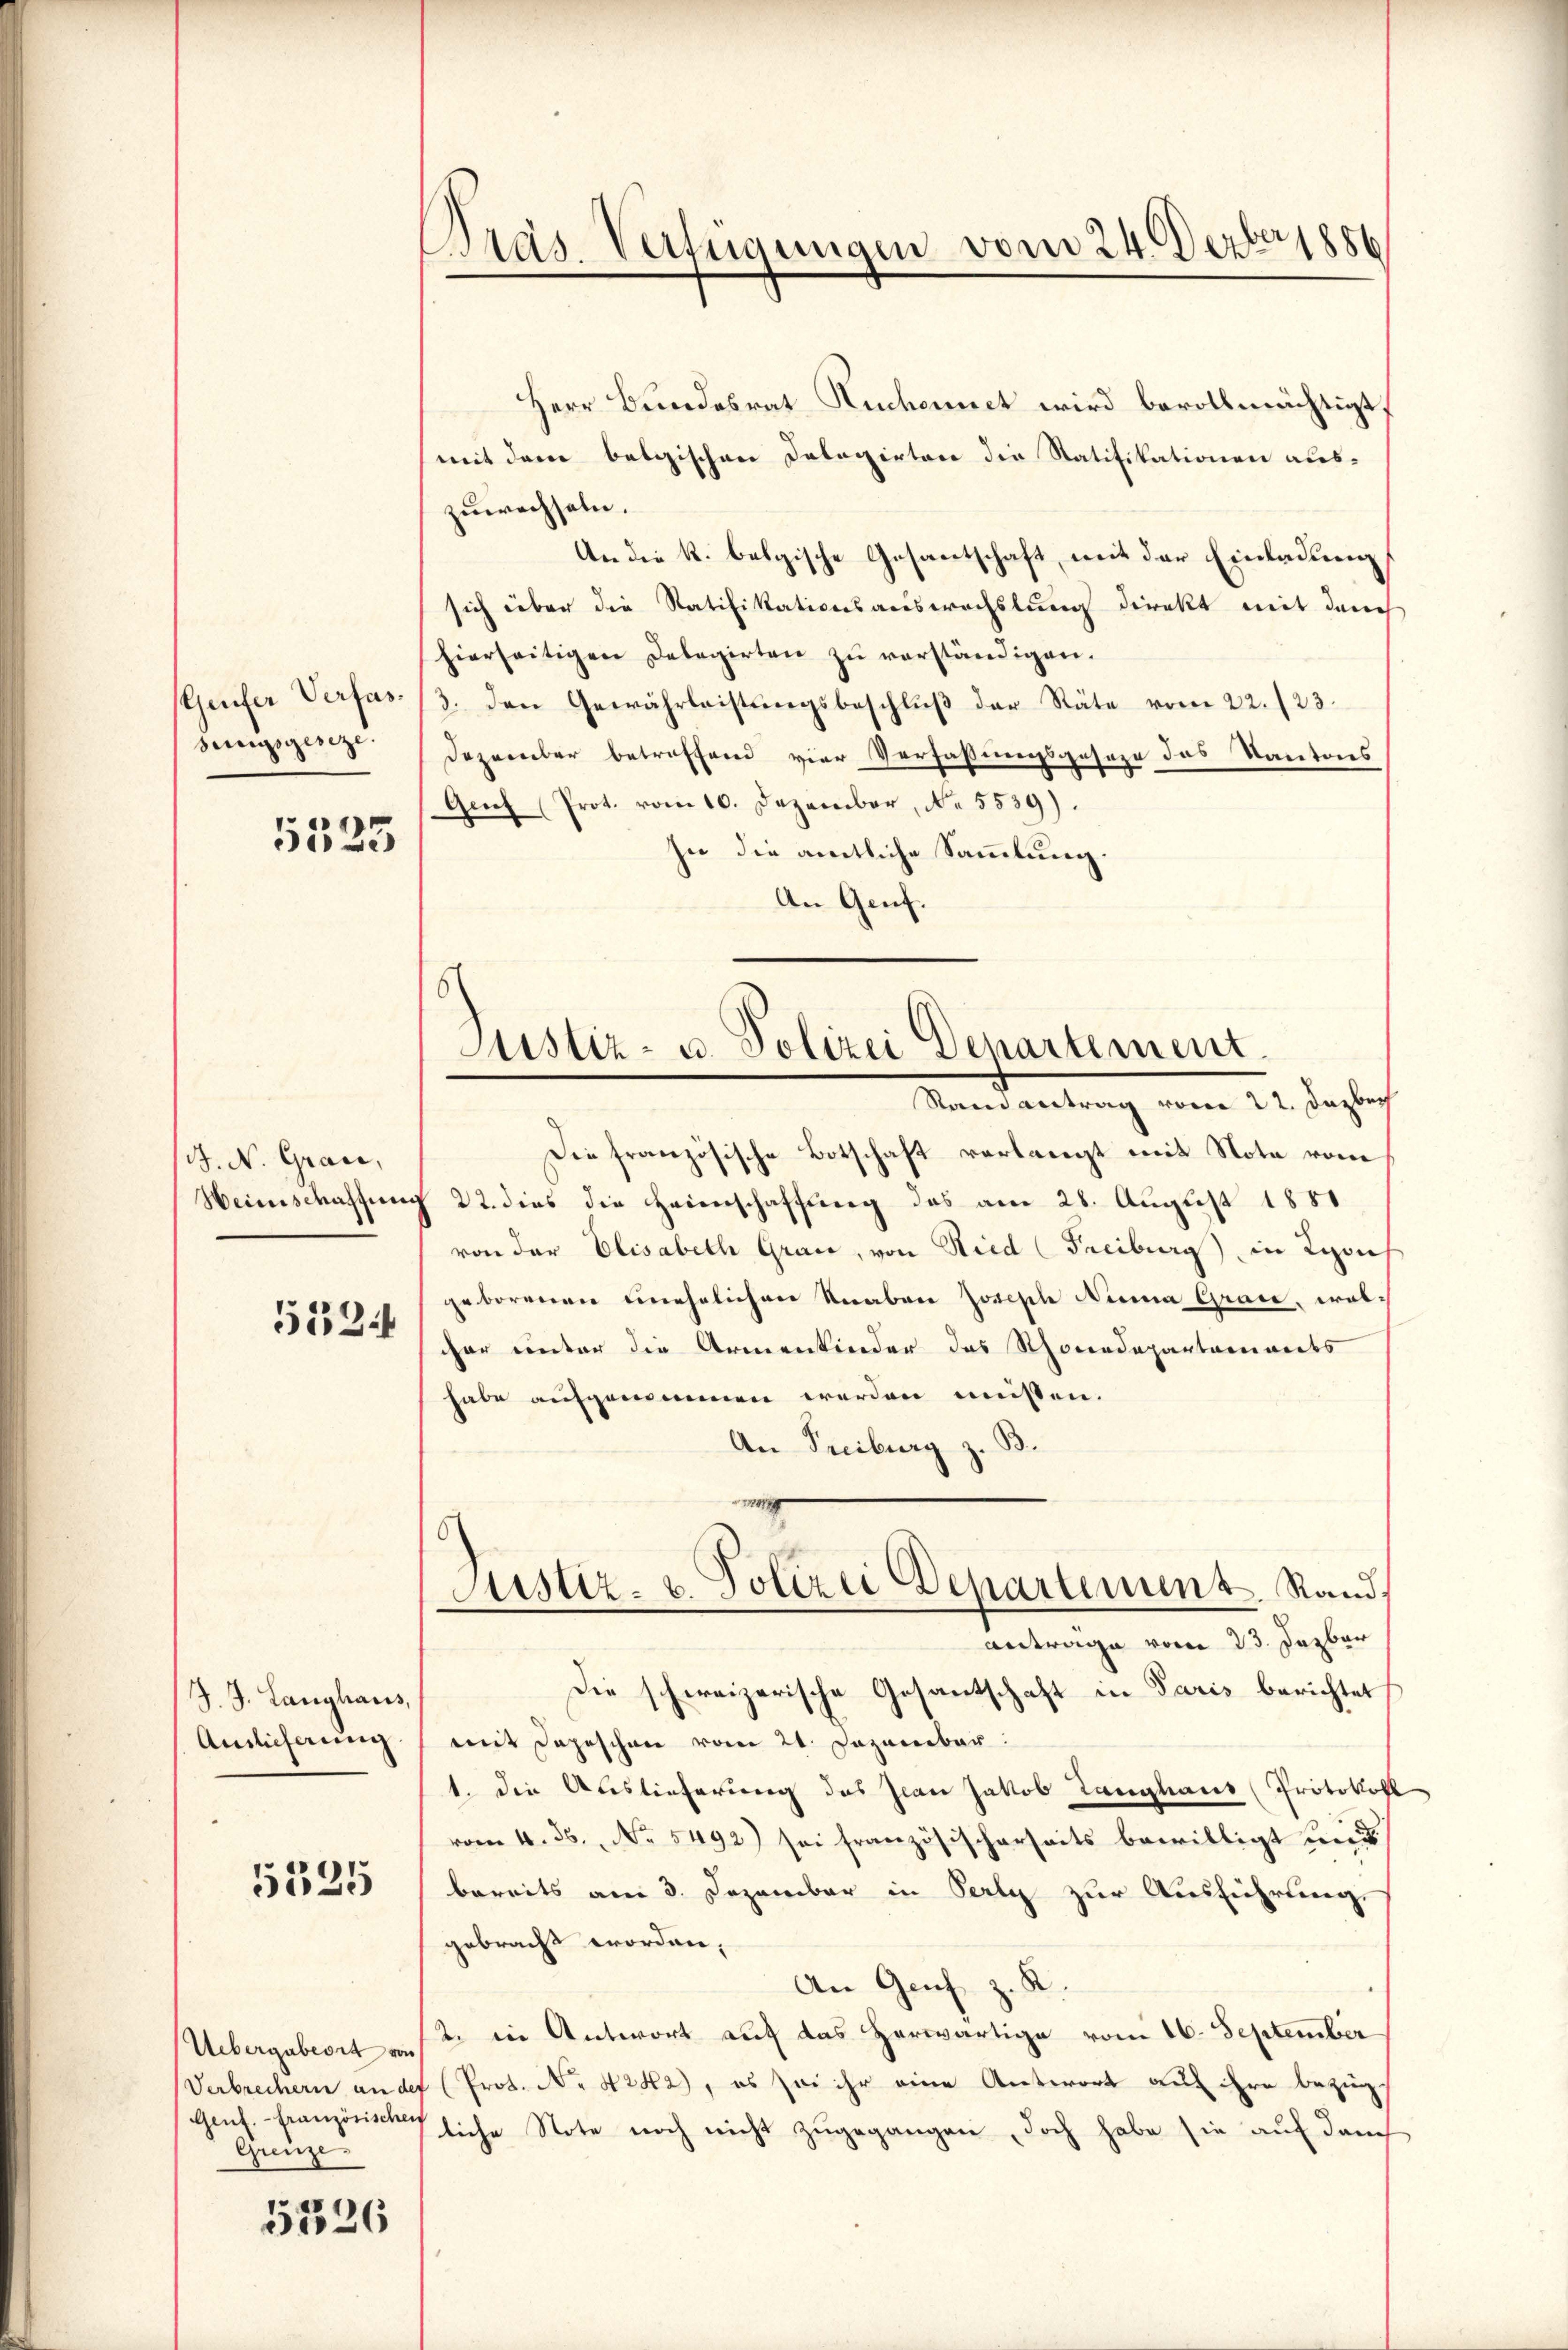
Geufer Verfassungsgeseze.

5525

J. N. Grade,
Weinschaffung
523

J. J. Langhaus,
Auslicherung

5325

Verbrechern an der
Genf. - französischen
Grenze.

5326

Pras. Verfügungen vom 24. Dezbr 1886

Herr Bundesrat Ruchennet wird bevollmächtigt.
mit der belgischen Dalagirten die Ratifikationen aus-
zuwechseln.
An die k. belgische Gesantschaft, mit der Einladung
sich über die Ratifikationsauswechslung direkt mit durch
hierseitigen Delegirten zu verständigen.
3. den Gewährleistungsbeschluß der Räte vom 22./23.
Dezember betroffend vier Verfassungsgeseze das Kantons
Genf (Prot. vom 10. Dezember, No. 5539).
In die amtliche Sammlung.
An Genf.

Justiz- u. Polizei Departement.
Rand antrag vom 22. Dazbech

9
Justiz- u. Polizei Departenunt. Stand,
antrage vom 23. Jezbar

Die französische Botschaft verlangt mit Note vom
§ 22. dies die Heienschaffung das am 28. August 1851
von der Elisabeth Grau, von Ried (Freiburg in Kirch
geborenen unehelichen Veraben Josische Nina Grade, wolcher unter die Armenkinder des Rhonedepartaments
habe aufgenommen werden müssen.
An Freiburg z. B.
Die schweizerische Gesantschaft in Paris berichtet
mit Depeschen vom 24. Dezember
1. die Auslieferung des Jean Jakob Langhaus (Protokoll
vom 4. 56. No. 5492) sei französischerseits bewilligt mir
bereits am 3. Dezember in Perly zur Ausführung.
gebracht worden,
An Genf z. R.
Uebergabeort auf 2. in Antwort auf das herwärtige vom 16. September
Prot. No 4242), es sei ihr eine Antwort auf ihre bezügliche Note noch nicht zugegangen, doch habe sie auf danch